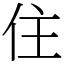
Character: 住